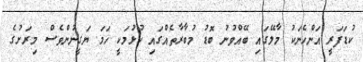
ކުޑަފަރީ އަންހެނަކު މާލޭގައި ބޭއްވުނު ބޮޑު މުބާރާތެއްގައި ކުޅުމަކީ ހަމަ ޔަގީނުންވެސް މިރަށުގެ